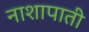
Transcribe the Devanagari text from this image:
नाशापाती